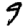
Digit: 9